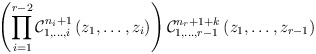
\begin{align*}\left(\prod_{i=1}^{r-2}\mathcal{C}_{1,\dots,i}^{n_{i}+1}\left(z_{1},\dots,z_{i}\right)\right)\mathcal{C}_{1,\dots,r-1}^{n_{r}+1+k}\left(z_{1},\dots,z_{r-1}\right)\end{align*}